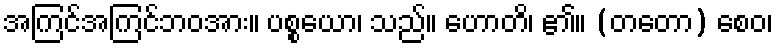
အကြင်အကြင်ဘဝအား။ ပစ္စယော၊ သည်။ ဟောတိ၊ ၏။ (တတော) စေဝ၊